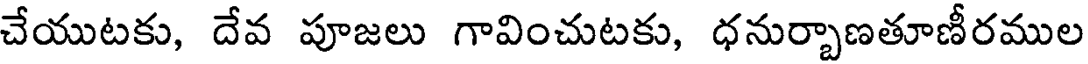
చేయుటకు, దేవ పూజలు గావించుటకు, ధనుర్చాణతూణీరముల